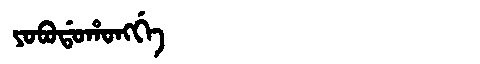
Manchu: ᠶᠣᠪᠣᡩᠣᡥᠣᠩᡤᡝ
Romanization: YOBODOHONGGE